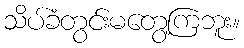
သိပ်ခံတွင်းမတွေ့ကြဘူး။